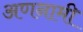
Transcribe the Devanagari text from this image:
अणनामी